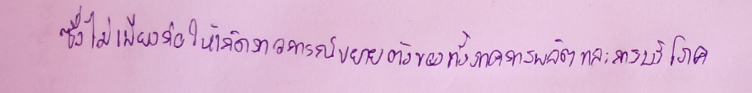
ซึ่งไม่เพียงก่อให้เกิดภาวการณ์ขยายตัวของทั้งภาคการผลิตและการบริโภค